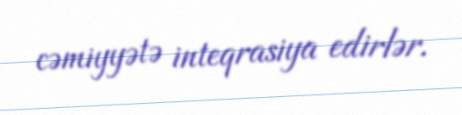
cəmiyyətə inteqrasiya edirlər.